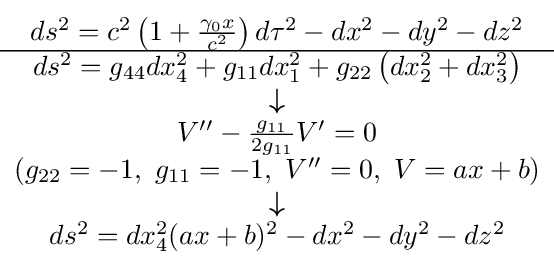
{\scriptstyle {\begin{matrix}ds^{2}=c^{2}\left(1+{\frac {\gamma _{0}x}{c^{2}}}\right)d\tau ^{2}-dx^{2}-dy^{2}-dz^{2}\\\hline ds^{2}=g_{44}dx_{4}^{2}+g_{11}dx_{1}^{2}+g_{22}\left(dx_{2}^{2}+dx_{3}^{2}\right)\\{\boldsymbol {\downarrow }}\\V''-{\frac {g_{11}}{2g_{11}}}V'=0\\\left(g_{22}=-1,\ g_{11}=-1,\ V''=0,\ V=ax+b\right)\\{\boldsymbol {\downarrow }}\\ds^{2}=dx_{4}^{2}(ax+b)^{2}-dx^{2}-dy^{2}-dz^{2}\end{matrix}}}